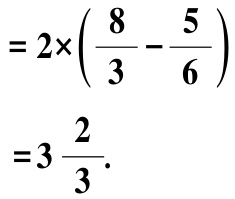
\[
\begin{align*}
&=2\times\left(\frac{8}{3}-\frac{5}{6}\right)\\
&=3\frac{2}{3}.
\end{align*}
\]